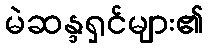
မဲဆန္ဒရှင်များ၏